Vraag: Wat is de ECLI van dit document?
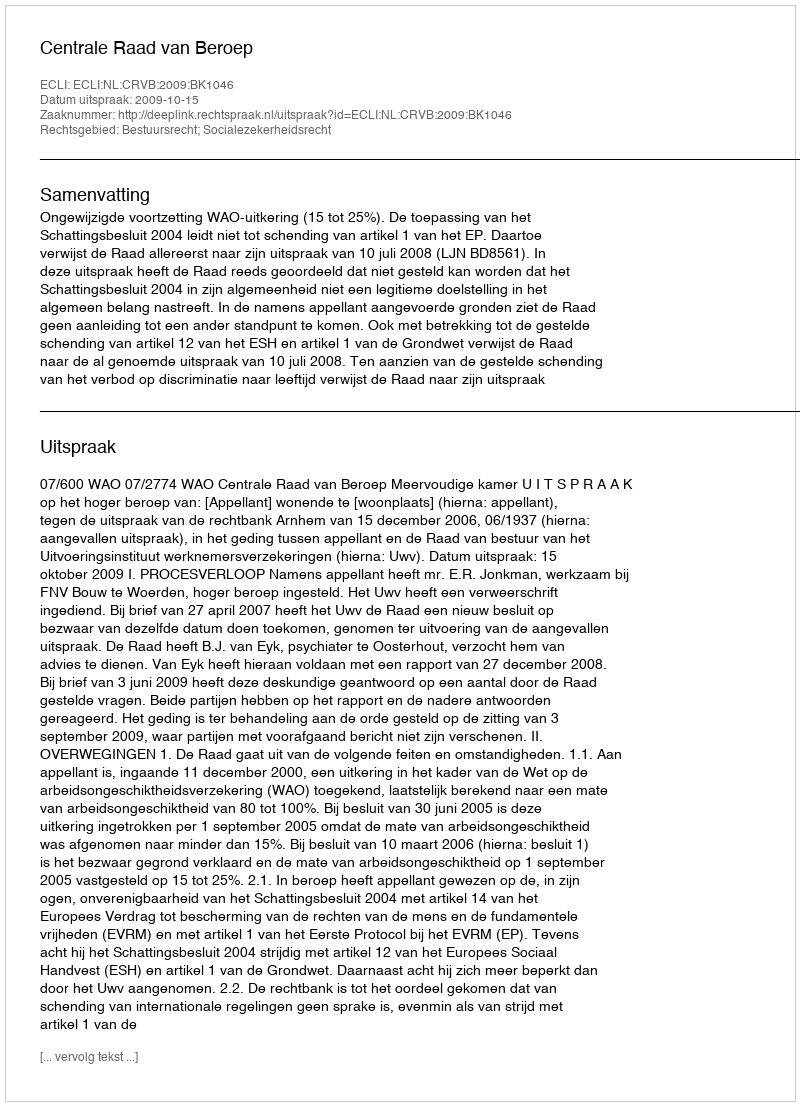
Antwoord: ECLI:NL:CRVB:2009:BK1046